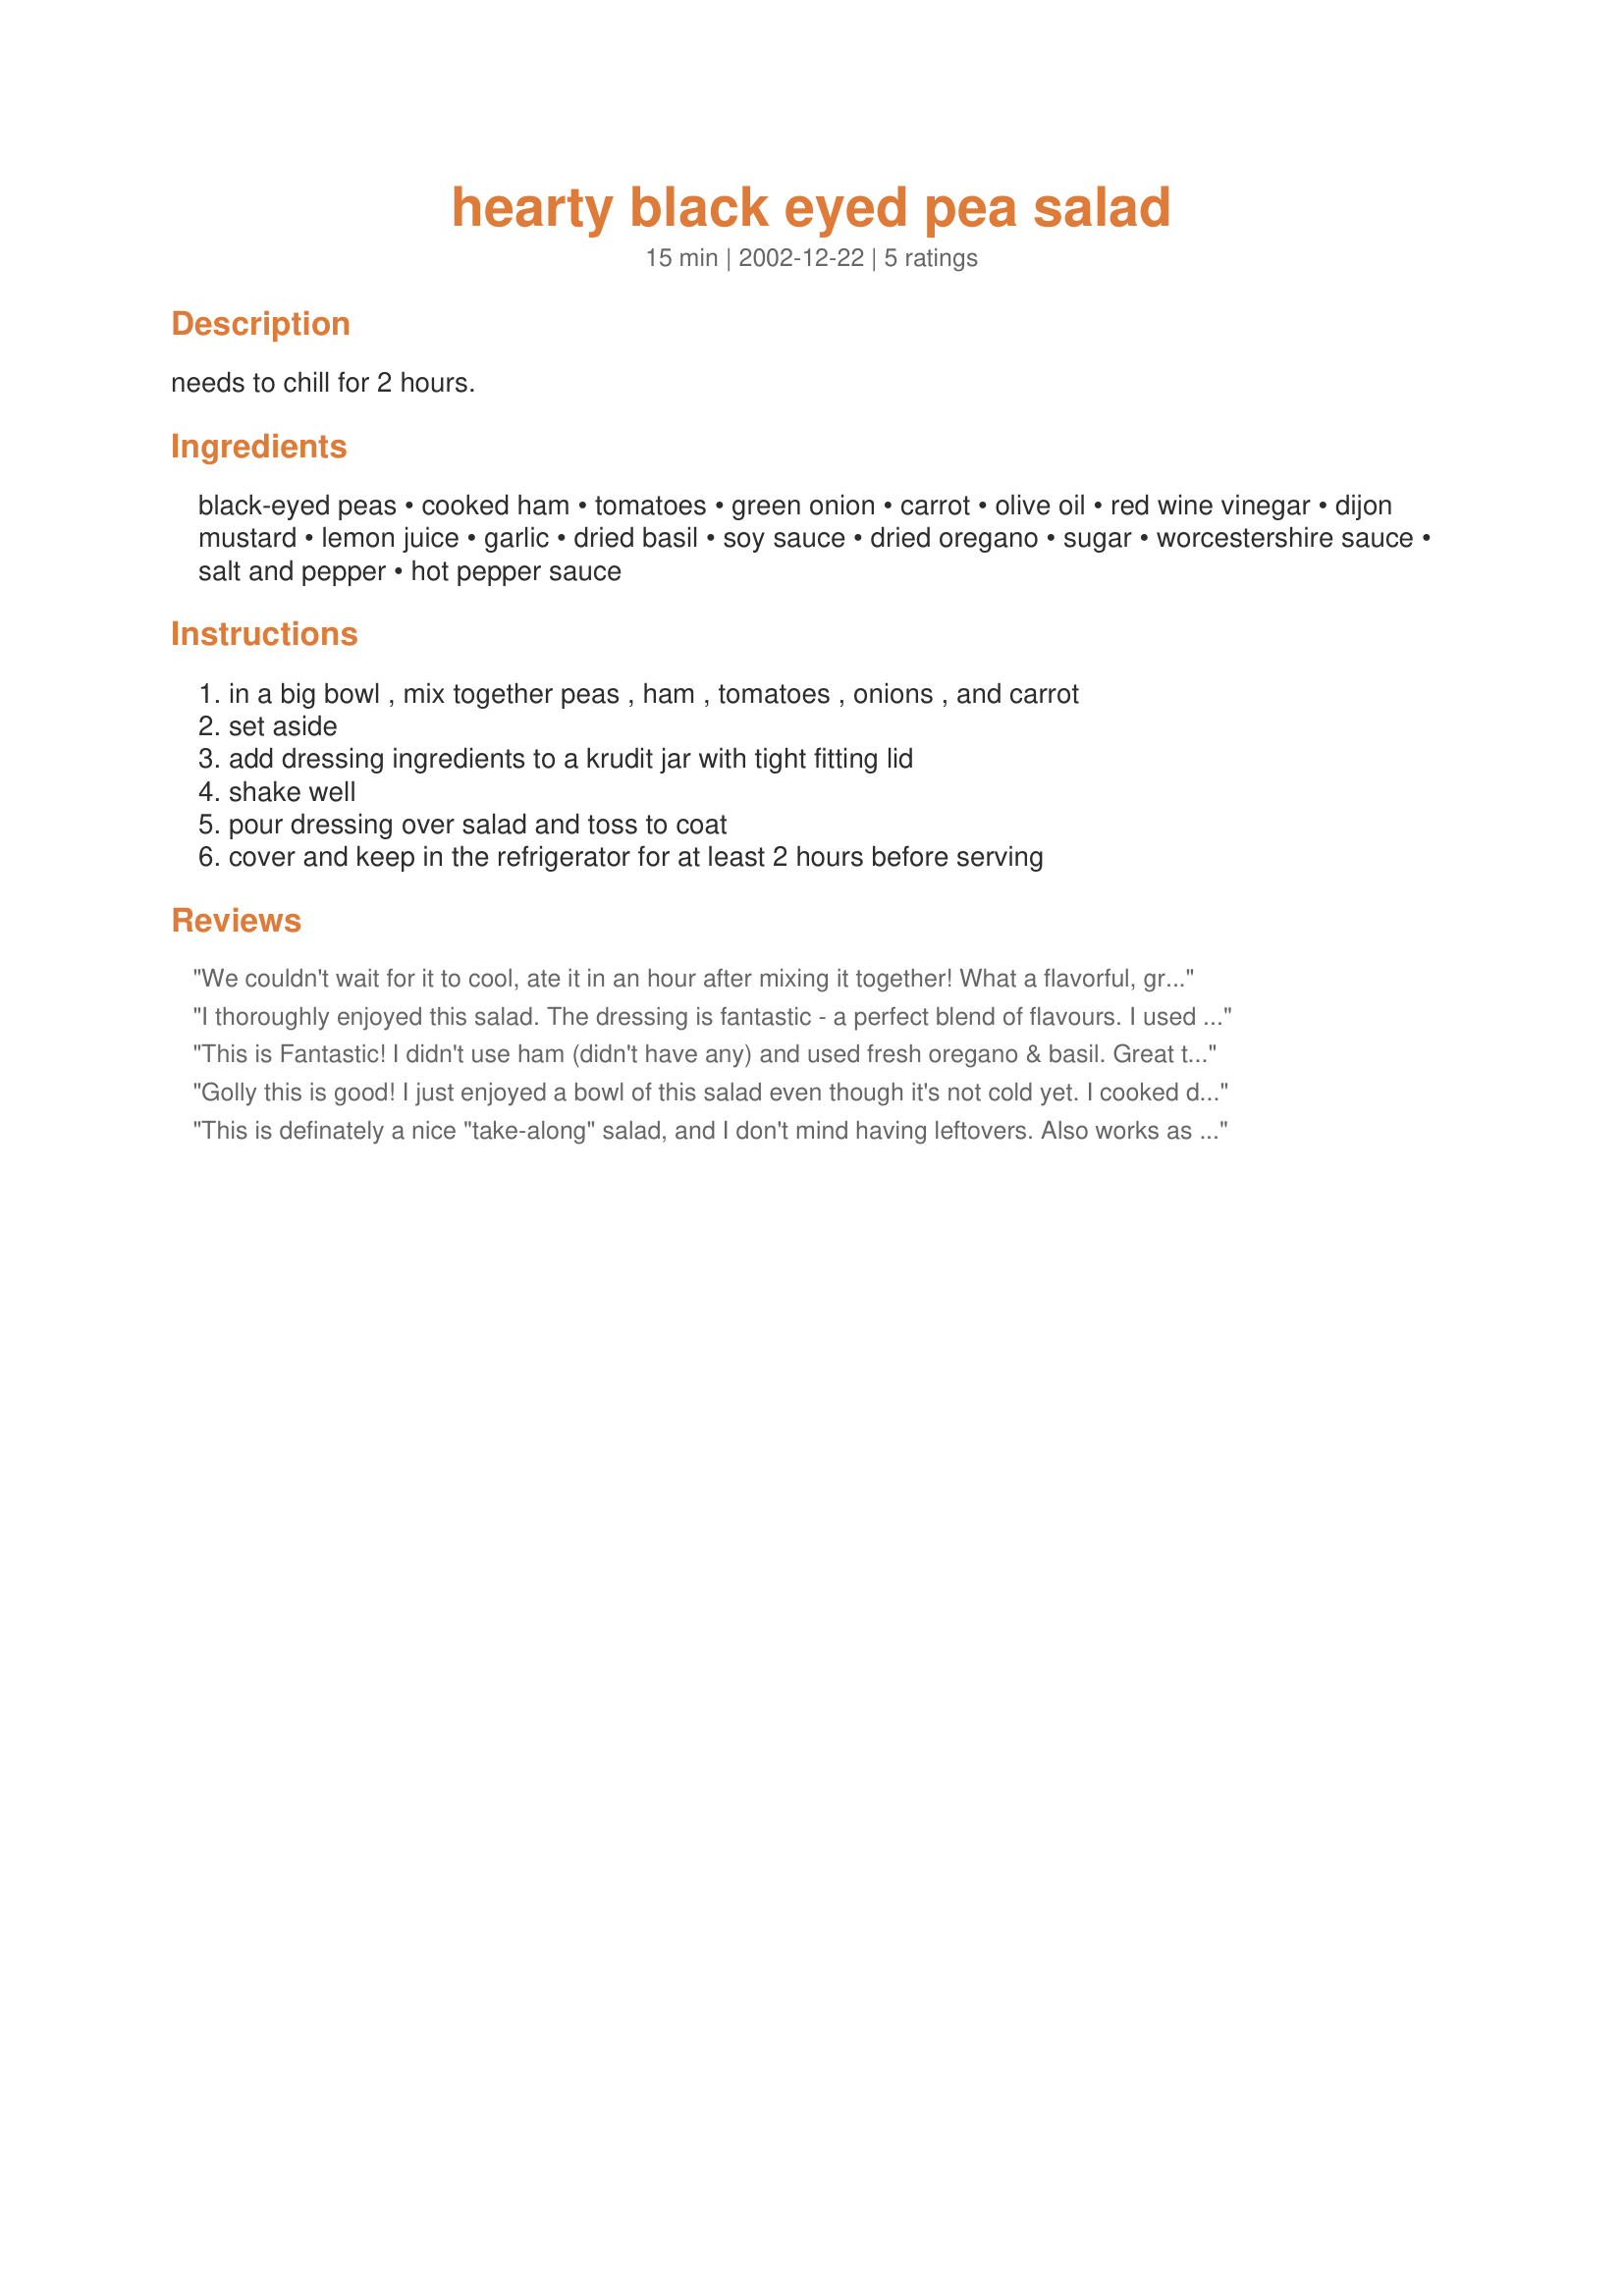
hearty black eyed pea salad
Preparation time: 15 minutes

needs to chill for 2 hours.

Ingredients:
black-eyed peas, cooked ham, tomatoes, green onion, carrot, olive oil, red wine vinegar, dijon mustard, lemon juice, garlic, dried basil, soy sauce, dried oregano, sugar, worcestershire sauce, salt and pepper, hot pepper sauce

Steps:
in a big bowl , mix together peas , ham , tomatoes , onions , and carrot, set aside, add dressing ingredients to a krudit jar with tight fitting lid, shake well, pour dressing over salad and toss to coat, cover and keep in the refrigerator for at least 2 hours before serving

Reviews:
We couldn't wait for it to cool, ate it in an hour after mixing it together! What a flavorful, great blend of flavors and textures. I don't know why I am surprised since it's Nurse Di and black-eyed peas, a great combination! I added some chopped celery and a little more sugar as we are wimps when it comes to tangy stuff. Oh-h-h what a nice lunch with some fresh sliced peaches for dessert.
Thanks, Carole in Orlando
I thoroughly enjoyed this salad. The dressing is fantastic - a perfect blend of flavours. I used crisply fried bacon instead of ham, and no green onions. I added a little celery and a little extra sugar, as Carole suggested. I left out the hot pepper sauce, and used vegetable oil instead of olive oil. Thank-you for sharing this unique and truly delicious recipe!
This is Fantastic! I didn't use ham (didn't have any) and used fresh oregano & basil. Great to throw together for a quick lunch.
Golly this is good! I just enjoyed a bowl of this salad even though it's not cold yet. I cooked dry black-eyed peas instead of using canned ones, but stuck to the recipe otherwise. The last time I had black-eyed peas was when I was in high school, and I used to wonder why anyone ever bothered with them. Now I know! This salad is really good! The basil and oregano in the dressing were particularly flavorful. Thank you very much for this recipe.
This is definately a nice "take-along" salad, and I don't mind having leftovers. Also works as a simple lunch.
